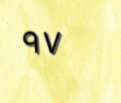
٩٧